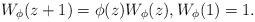
LaTeX: \begin{align*}W_\phi(z+1) = \phi(z)W_\phi(z), W_\phi(1) = 1.\end{align*}